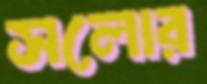
সলোর